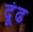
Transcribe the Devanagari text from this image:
दूंढ